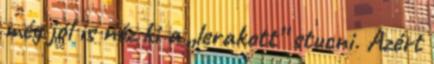
még jól is néz ki a „lerakott” stucni. Azért